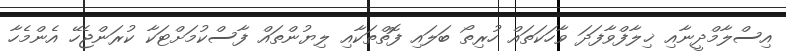
އިސްލާމްދީނާއި ޚިލާފްވާފަދަ ވާހަކަތައް ހުރިތޯ ބަލައި ފޮތްތަކާއި ލިޔުންތައް ފާސްކުމަށްޓަކާ ކުރަންޖެހޭ އެންމެހާ